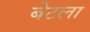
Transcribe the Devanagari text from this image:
बेटला